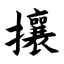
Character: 攘